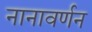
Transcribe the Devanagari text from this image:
नानावर्णन